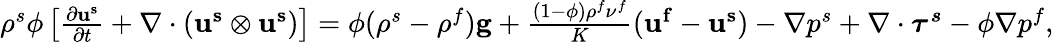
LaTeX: \begin{array}{r}{\rho^{s}\phi\left[\frac{\partial\mathbf{u^{s}}}{\partial t}+\mathbf{\nabla}\cdot\left(\mathbf{u^{s}}\otimes\mathbf{u^{s}}\right)\right]=\phi(\rho^{s}-\rho^{f})\mathbf{g}+\frac{(1-\phi)\rho^{f}\nu^{f}}{K}(\mathbf{u^{f}}-\mathbf{u^{s}})-\nabla p^{s}+\nabla\cdot\boldsymbol{\tau^{s}}-\phi\nabla p^{f},}\end{array}